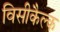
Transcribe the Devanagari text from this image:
विसीकैल्क